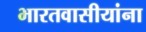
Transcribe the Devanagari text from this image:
भारतवासीयांना